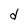
Character: d